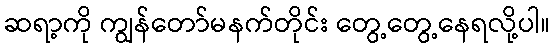
ဆရာ့ကို ကျွန်တော်မနက်တိုင်း တွေ့တွေ့နေရလို့ပါ။